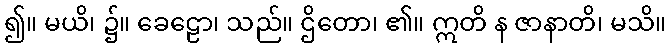
၍။ မယိ၊ ၌။ ခေဠော၊ သည်။ ဌိတော၊ ၏။ ဣတိ န ဇာနာတိ၊ မသိ။